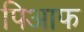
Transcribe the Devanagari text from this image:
पिआफ